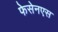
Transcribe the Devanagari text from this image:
फेसेनएस